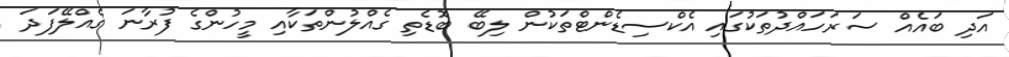
އަދި ބައެއް ސަރަހައްދުތަކުގައި އެކްސިޑެންޓްތަކުން ލިބޭ ބޮޑެތި ގެއްލުންތަކާއި މީހުންގެ ފުރާނަ ގެއްލޭފަދަ